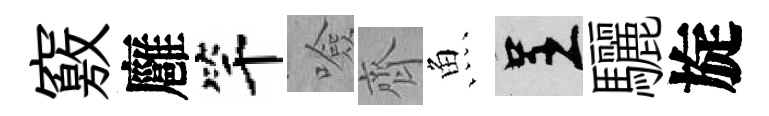
竅廱竿噞齊魚呈驪旋